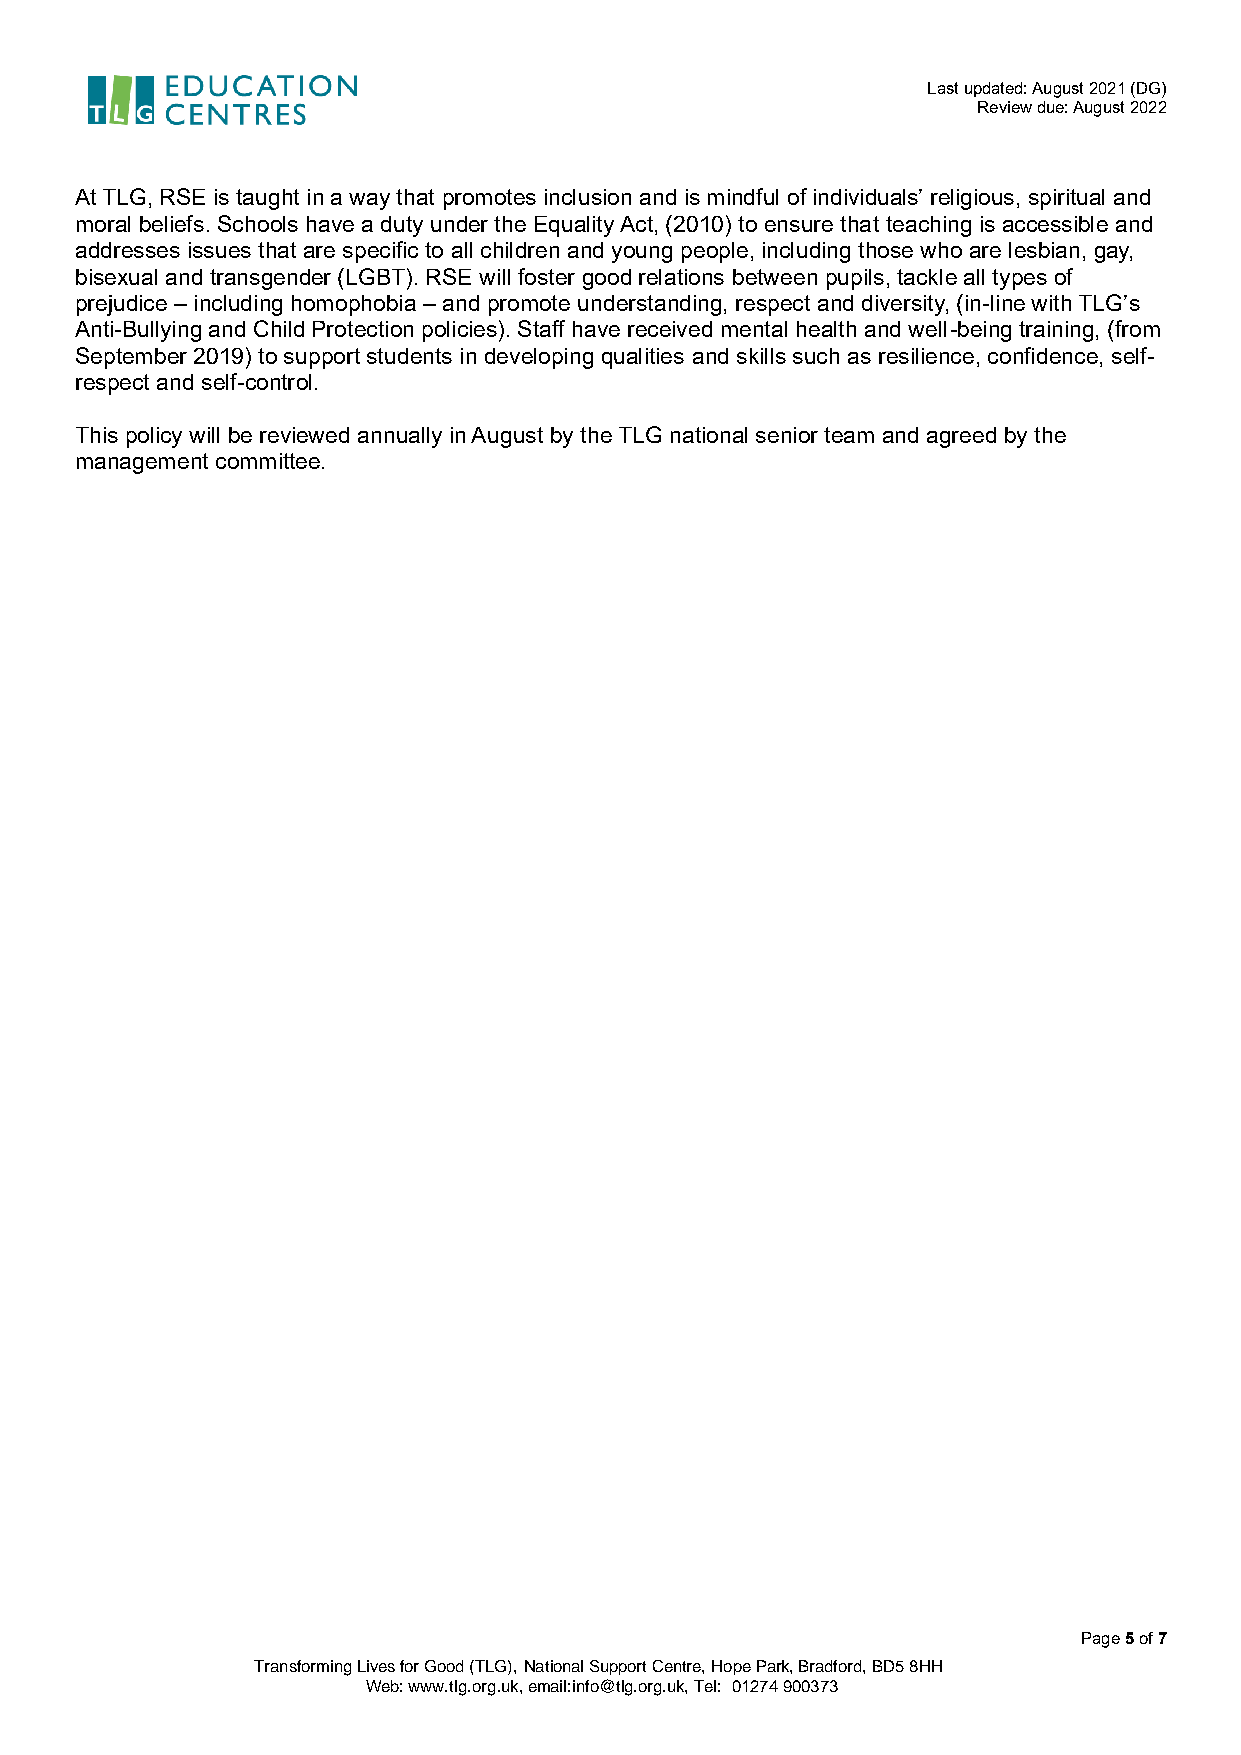
Last updated: August 2021 (DG)
 Review due: August 2022
 At TLG, RSE is taught in a way that promotes inclusion and is mindful of individuals’ religious, spiritual and
 moral beliefs. Schools have a duty under the Equality Act, (2010) to ensure that teaching is accessible and
 addresses issues that are specific to all children and young people, including those who are lesbian, gay,
 bisexual and transgender (LGBT). RSE will foster good relations between pupils, tackle all types of
 prejudice – including homophobia – and promote understanding, respect and diversity, (in-line with TLG’s
 Anti-Bullying and Child Protection policies). Staff have received mental health and well-being training, (from
 September 2019) to support students in developing qualities and skills such as resilience, confidence, self-
 respect and self-control.
 This policy will be reviewed annually in August by the TLG national senior team and agreed by the
 management committee.
 Page 5 of 7
 Transforming Lives for Good (TLG), National Support Centre, Hope Park, Bradford, BD5 8HH
 Web: www.tlg.org.uk, email:info@tlg.org.uk, Tel: 01274 900373